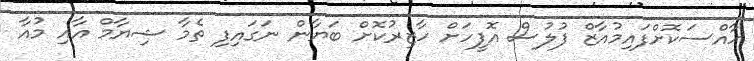
ހާއްސަކޮށްފައިމުއާޒް ފުލުސް އޮފީހަށް ހާޒިރުކޮށް ބަޔާން ނަގައިފި ތެމާ ޝިޔާމް އާއި މުއާ